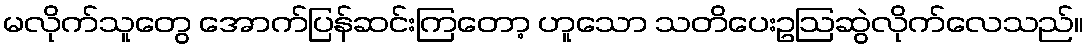
မလိုက်သူတွေ အောက်ပြန်ဆင်းကြတော့ ဟူသော သတိပေးဥဩဆွဲလိုက်လေသည်။